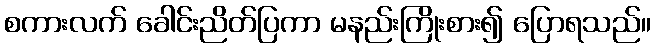
စကားလက် ခေါင်းညိတ်ပြကာ မနည်းကြိုးစား၍ ပြောရသည်။